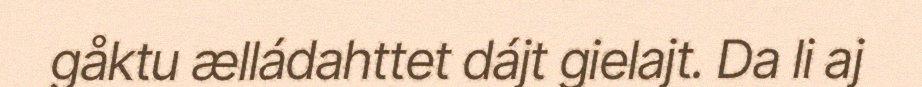
gåktu ælládahttet dájt gielajt. Da li aj